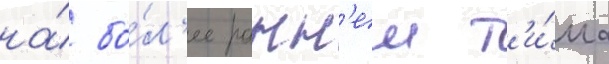
на́ бо́л'ее ранн'еи т'и́па